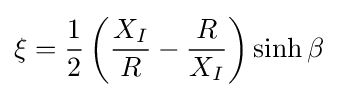
\xi ={\frac {1}{2}}\left({\frac {X_{I}}{R}}-{\frac {R}{X_{I}}}\right)\sinh \beta